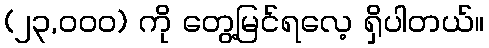
(၂၃,၀၀၀) ကို တွေ့မြင်ရလေ့ ရှိပါတယ်။